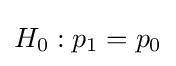
H_{0}:p_{1}=p_{0}